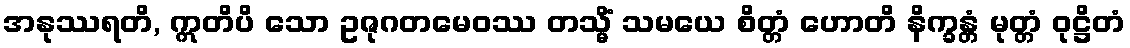
အနုဿရတိ, ဣတိပိ သော ဥဇုဂတမေဝဿ တသ္မိံ သမယေ စိတ္တံ ဟောတိ နိက္ခန္တံ မုတ္တံ ဝုဋ္ဌိတံ